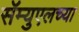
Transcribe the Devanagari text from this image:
सॅम्युएलच्या